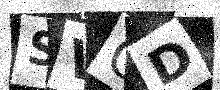
Text: SVCD